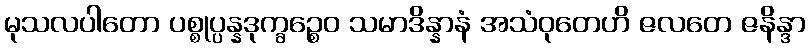
မုသလပါတော ပစ္စုပ္ပန္နဒုက္ခဉ္စေဝ သမာဒိန္နာနံ အသံဝုတေဟိ ဇလတေ ဇနိန္ဒာ